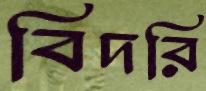
বিদরি